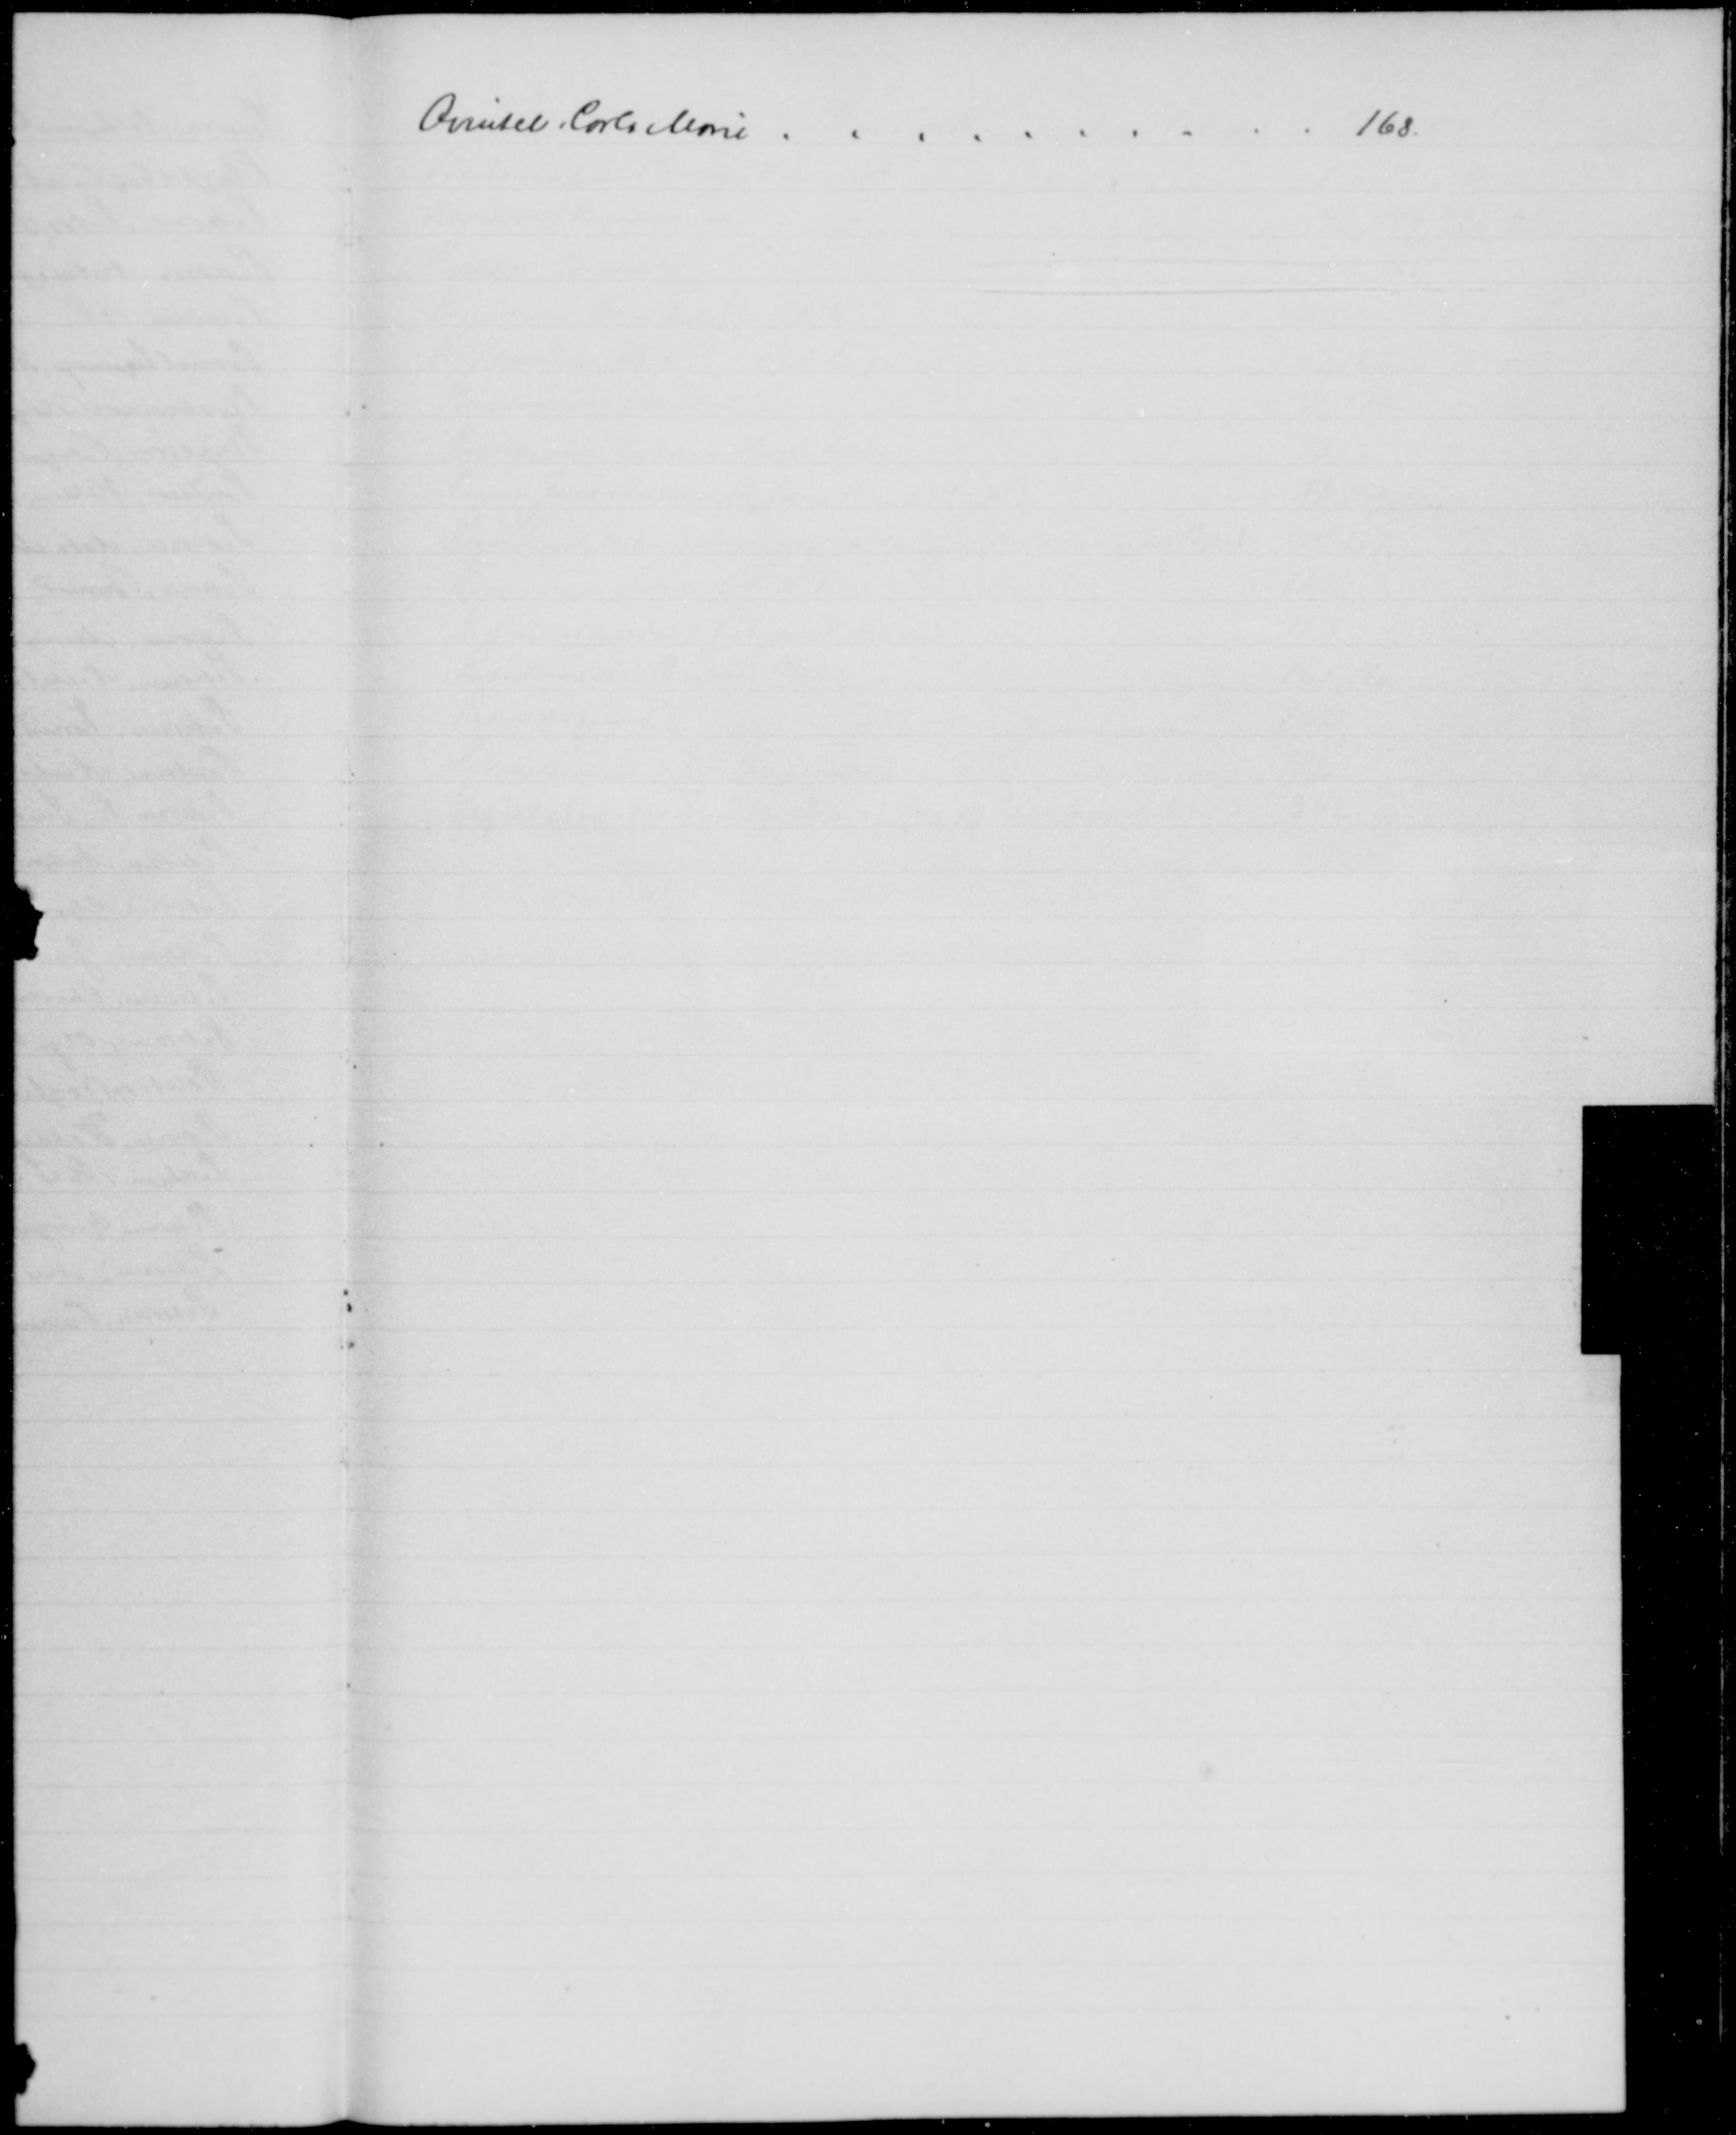
Transskription:
Qvintel Carla Marie
168